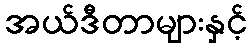
အယ်ဒီတာများနှင့်